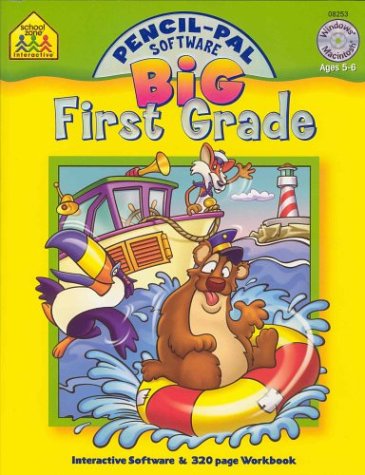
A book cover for First Grade: Interactive Software & 320 Page Workbook; School Zone Interactive Staff; Children's Books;